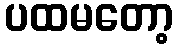
ပထမတော့